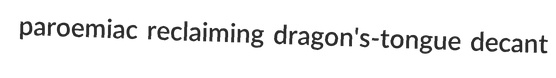
paroemiac reclaiming dragon's-tongue decant